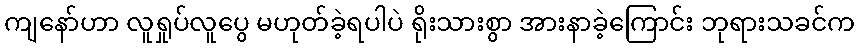
ကျနော်ဟာ လူရှုပ်လူပွေ မဟုတ်ခဲ့ရပါပဲ ရိုးသားစွာ အားနာခဲ့ကြောင်း ဘုရားသခင်က